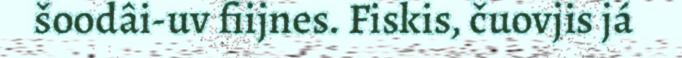
šoodâi-uv fiijnes. Fiskis, čuovjis já